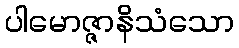
ပါမောဇ္ဇာနိသံသော